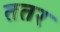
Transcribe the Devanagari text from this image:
ततर